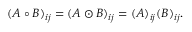
( A \circ B ) _ { i j } = ( A \odot B ) _ { i j } = ( A ) _ { i j } ( B ) _ { i j } .